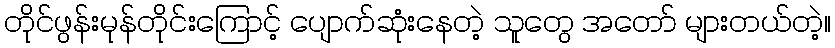
တိုင်ဖွန်းမုန်တိုင်းကြောင့် ပျောက်ဆုံးနေတဲ့ သူတွေ အတော် များတယ်တဲ့။